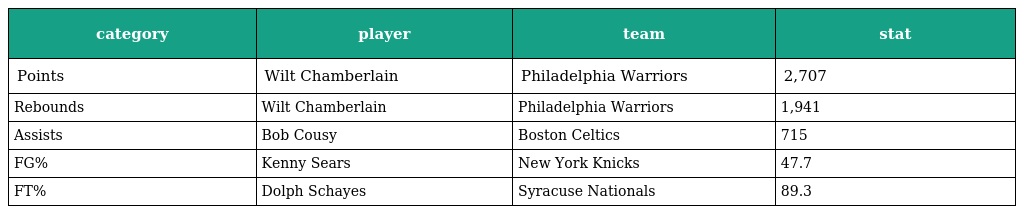
| category | player | team | stat |
 | --- | --- | --- | --- |
 | Points | Wilt Chamberlain | Philadelphia Warriors | 2,707 |
 | Rebounds | Wilt Chamberlain | Philadelphia Warriors | 1,941 |
 | Assists | Bob Cousy | Boston Celtics | 715 |
 | FG% | Kenny Sears | New York Knicks | 47.7 |
 | FT% | Dolph Schayes | Syracuse Nationals | 89.3 |